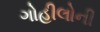
ગોહીલોની